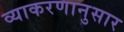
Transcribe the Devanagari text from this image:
व्याकरणानुसार